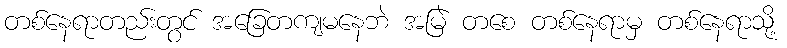
တစ်နေရာတည်းတွင် အခြေတကျမနေဘဲ အမြဲ တစေ တစ်နေရာမှ တစ်နေရာသို့